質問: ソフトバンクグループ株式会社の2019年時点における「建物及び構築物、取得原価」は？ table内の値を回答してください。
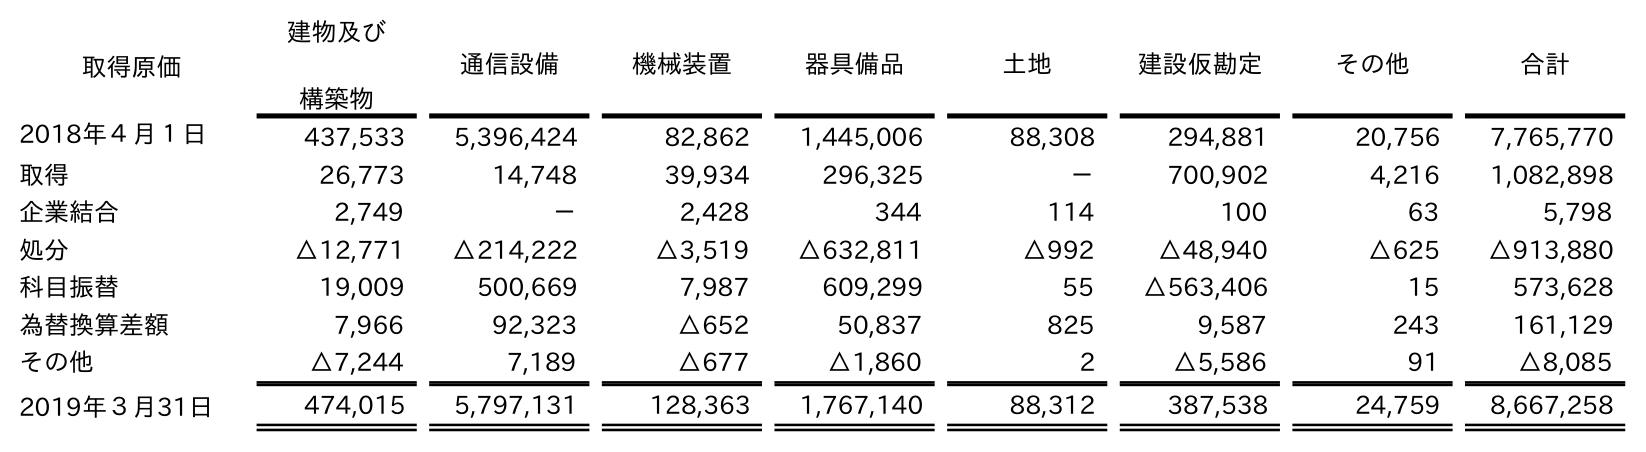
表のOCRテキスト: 取得原価 建物及び 構築物 通信設備 機械装置 器具備品 土地 建設仮勘定 その他 合計 2018年４月１日 437,533 5,396,424 82,862 1,445,006 88,308 294,881 20,756 7,765,770 取得 26,773 14,748 39,934 296,325 － 700,902 4,216 1,082,898 企業結合 2,749 － 2,428 344 114 100 63 5,798 処分 △12,771 △214,222 △3,519 △632,811 △992 △48,940 △625 △913,880 科目振替 19,009 500,669 7,987 609,299 55 △563,406 15 573,628 為替換算差額 7,966 92,323 △652 50,837 825 9,587 243 161,129 その他 △7,244 7,189 △677 △1,860 2 △5,586 91 △8,085 2019年３月31日 474,015 5,797,131 128,363 1,767,140 88,312 387,538 24,759 8,667,258
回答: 474,015